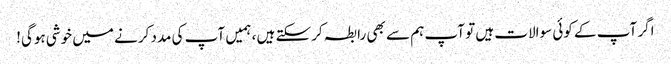
اگر آپ کے کوئی سوالات ہیں تو آپ ہم سے بھی رابطہ کرسکتے ہیں ، ہمیں آپ کی مدد کرنے میں خوشی ہوگی!